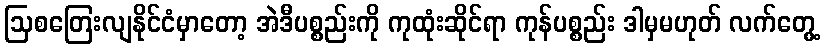
ဩစတြေးလျနိုင်ငံမှာတော့ အဲဒီပစ္စည်းကို ကုထုံးဆိုင်ရာ ကုန်ပစ္စည်း ဒါမှမဟုတ် လက်တွေ့